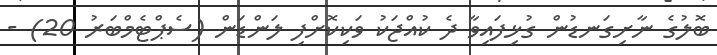
ބޮލުގެ ނާށިގަނޑުން ގުޅިފައިވާ ދެ ކުއްޖަކު ވަކިކޮށްފި ލަންޑަން (ސެޕްޓެމްބަރު 20) -